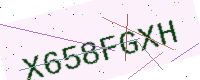
Text: X658FGXH